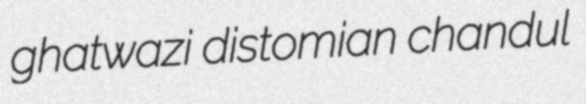
ghatwazi distomian chandul